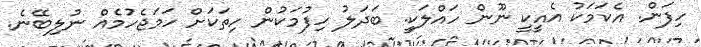
ހިފަން. އެކަމަކު އެއީކީ ނޫން ހައްލަކީ. ބަދަލު ހިފުމަކުން ހިތަކަށް ހަމަޖެހުމެއް ނުލިބޭނެ.